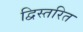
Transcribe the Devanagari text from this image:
द्विस्तरित